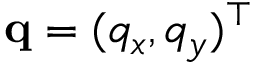
\mathbf { q } = ( q _ { x } , q _ { y } ) ^ { \top }